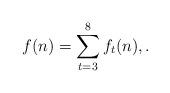
LaTeX: \begin{align*} f(n)=\sum_{t=3}^{8}f_t(n), .\end{align*}